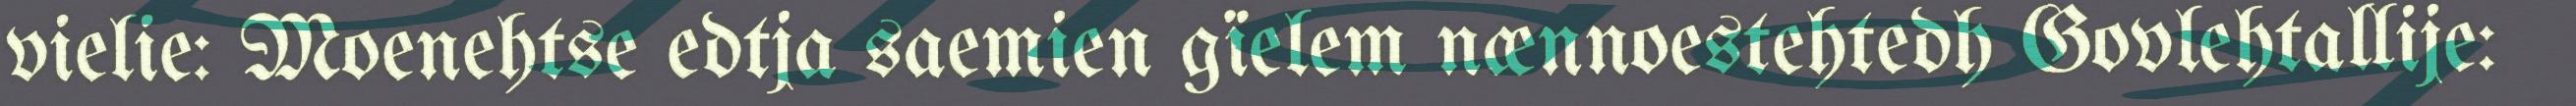
vielie: Moenehtse edtja saemien gïelem nænnoestehtedh Govlehtallije: